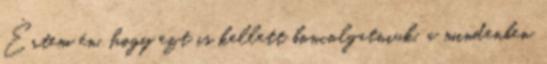
Értem én, hogy ezt is kellett boncolgatniuk, a mindenben